Report of the Indian Hemp Drugs Commission, 1894-1895 - Volume IV
Year: 1894
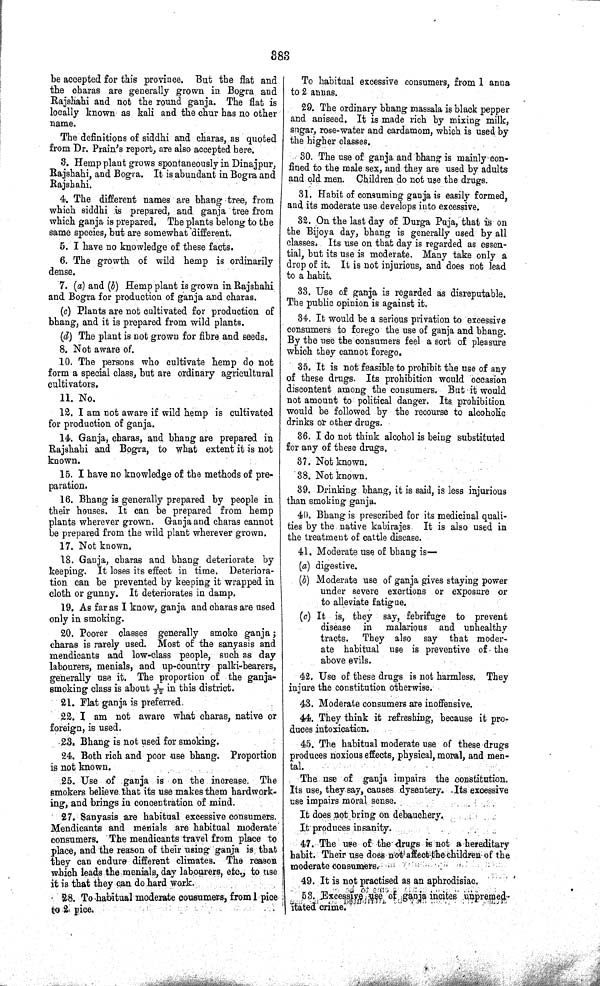
383
be accepted for this province. But the flat and
the charas are generally grown in Bogra and
Rajshahi and not the round ganja. The flat is
locally known as kali and the chur has no other
name.
The definitions of siddhi and charas, as quoted
from Dr. Prain's report, are also accepted here.
3. Hemp plant grows spontaneously in Dinajpur,
Rajshahi, and Bogra. It is abundant in Bogra and
Rajshahi.
4. The different names are bhang tree, from
which siddhi is prepared, and ganja tree from
which ganja is prepared. The plants belong to the
same species, but are somewhat different.
5. I have no knowledge of these facts.
6. The growth of wild hemp is ordinarily
dense.
7. (a) and (b) Hemp plant is grown in Rajshahi
and Bogra for production of ganja and charas.
(c) Plants are not cultivated for production of
bhang, and it is prepared from wild plants.
(d) The plant is not grown for fibre and seeds.
8. Not aware of.
10. The persons who cultivate hemp do not
form a special class, but are ordinary agricultural
cultivators.
11. No.
12. I am not aware if wild hemp is cultivated
for production of ganja.
14. Ganja, charas, and bhang are prepared in
Rajshahi and Bogra, to what extent it is not
known.
15. I have no knowledge of the methods of pre-
paration.
16. Bhang is generally prepared by people in
their houses. It can be prepared from hemp
plants wherever grown. Ganja and charas cannot
be prepared from the wild plant wherever grown.
17. Not known.
18. Ganja, charas and bhang deteriorate by
keeping. It loses its effect in time. Deteriora-
tion can be prevented by keeping it wrapped in
cloth or gunny. It deteriorates in damp.
19. As far as I know, ganja and charas are used
only in smoking.
20. Poorer classes generally smoke ganja;
charas is rarely used. Most of the sanyasis and
mendicants and low-class people, such as day
labourers, menials, and up-country palki-bearers,
generally use it. The proportion of the ganja-
smoking class is about 1/32 in this district.
21. Flat ganja is preferred.
22. I am not aware what charas, native or
foreign, is used.
23. Bhang is not used for smoking.
24. Both rich and poor use bhang. Proportion
is not known.
25. Use of ganja is on the increase. The
smokers believe that its use makes them hardwork-
ing, and brings in concentration of mind.
27. Sanyasis are habitual excessive consumers.
Mendicants and menials are habitual moderate
consumers. The mendicants travel from place to
place, and the reason of their using ganja is that
they can endure different climates. The reason
which leads the menials, day labourers, etc., to use
it is that they can do hard work.
28. To habitual moderate consumers, from 1 pice
to 2 pice.
To habitual excessive consumers, from 1 anna
to 2 annas.
29. The ordinary bhang massala is black pepper
and aniseed. It is made rich by mixing milk,
sugar, rose-water and cardamom, which is used by
the higher classes.
30. The use of ganja and bhang is mainly con-
fined to the male sex, and they are used by adults
and old men. Children do not use the drugs.
31. Habit of consuming ganja is easily formed,
and its moderate use develops into excessive.
32. On the last day of Durga Puja, that is on
the Bijoya day, bhang is generally used by all
classes, Its use on that day is regarded as essen-
tial, but its use is moderate. Many take only a
drop of it. It is not injurious, and does not lead
to a habit.
33. Use of ganja is regarded as disreputable.
The public opinion is against it.
34. It would be a serious privation to excessive
consumers to forego the use of ganja and bhang.
By the use the consumers feel a sort of pleasure
which they cannot forego.
35. It is not feasible to prohibit the use of any
of these drugs. Its prohibition would occasion
discontent among the consumers. But it would
not amount to political danger. Its prohibition
would be followed by the recourse to alcoholic
drinks or other drugs.
36. I do not think alcohol is being substituted
for any of these drugs.
37. Not known.
38. Not known.
39. Drinking bhang, it is said, is less injurious
than smoking ganja.
40. Bhang is prescribed for its medicinal quali-
ties by the native kabirajes It is also used in
the treatment of cattle disease.
41. Moderate use of bhang is—
(a) digestive.
(b) Moderate use of ganja gives staying power
under severe exertions or exposure or
to alleviate fatigue.
(c) It is, they say, febrifuge to prevent
disease in
malarious and unhealthy
tracts. They also say that moder-
ate habitual use is preventive of the
above evils.
42. Use of these drugs is not harmless. They
injure the constitution otherwise.
43. Moderate consumers are inoffensive.
44. They think it refreshing, because it pro-
duces intoxication.
45. The habitual moderate use of these drugs
produces noxious effects, physical, moral, and men-
tal.
The use of ganja impairs the constitution.
Its use, they say, causes dysentery. Its excessive
use impairs moral sense.
It does not bring on debauchery.
It produces insanity.
47. The use of the drugs is not a hereditary
habit. Their use does not affect the children of the
moderate consumers.
49. It is not practised as an aphrodisiac.
53. Excessive use of ganja incites unpremed-
itated crime.